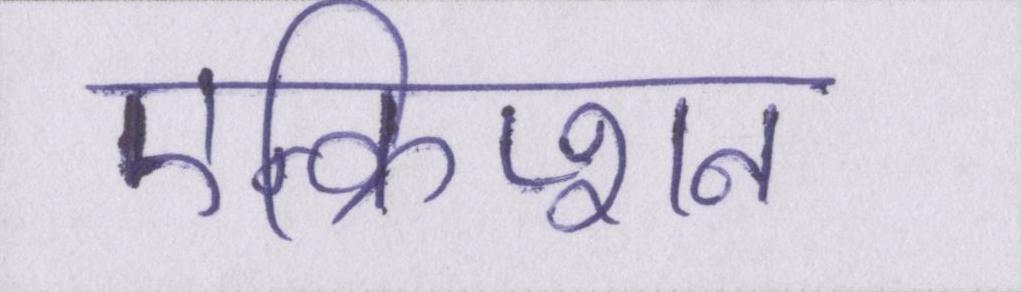
एन्क्रिप्शन